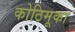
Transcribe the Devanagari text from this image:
कोठिमूका